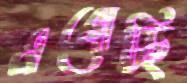
এগোচ্ছি